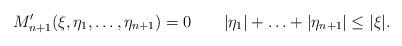
LaTeX: \begin{align*}M'_{n+1}(\xi,\eta_1,\ldots,\eta_{n+1})=0\qquad|\eta_1|+\ldots+|\eta_{n+1}|\leq|\xi|.\end{align*}